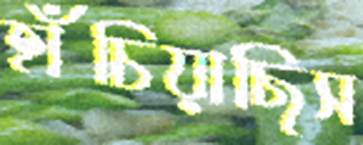
হাঁচিয়াছিস